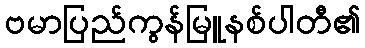
ဗမာပြည်ကွန်မြူနစ်ပါတီ၏